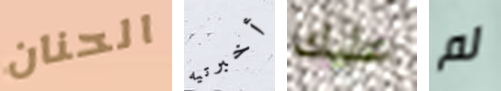
الحنان أخبرتيه عليك لم